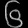
Digit: ၆